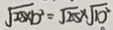
\sqrt { 2 5 \times b ^ { 2 } } = \sqrt { 2 5 } \times \sqrt { b ^ { 2 } }